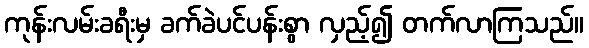
ကုန်းလမ်းခရီးမှ ခက်ခဲပင်ပန်းစွာ လှည့်၍ တက်လာကြသည်။